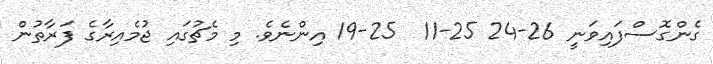
ގެންގޮސްފައިވަނީ 26-24 25-11  25-19 އިންނެވެ. މި މެޗުގައި ޖުމެއިރާގެ ފަރާތުން